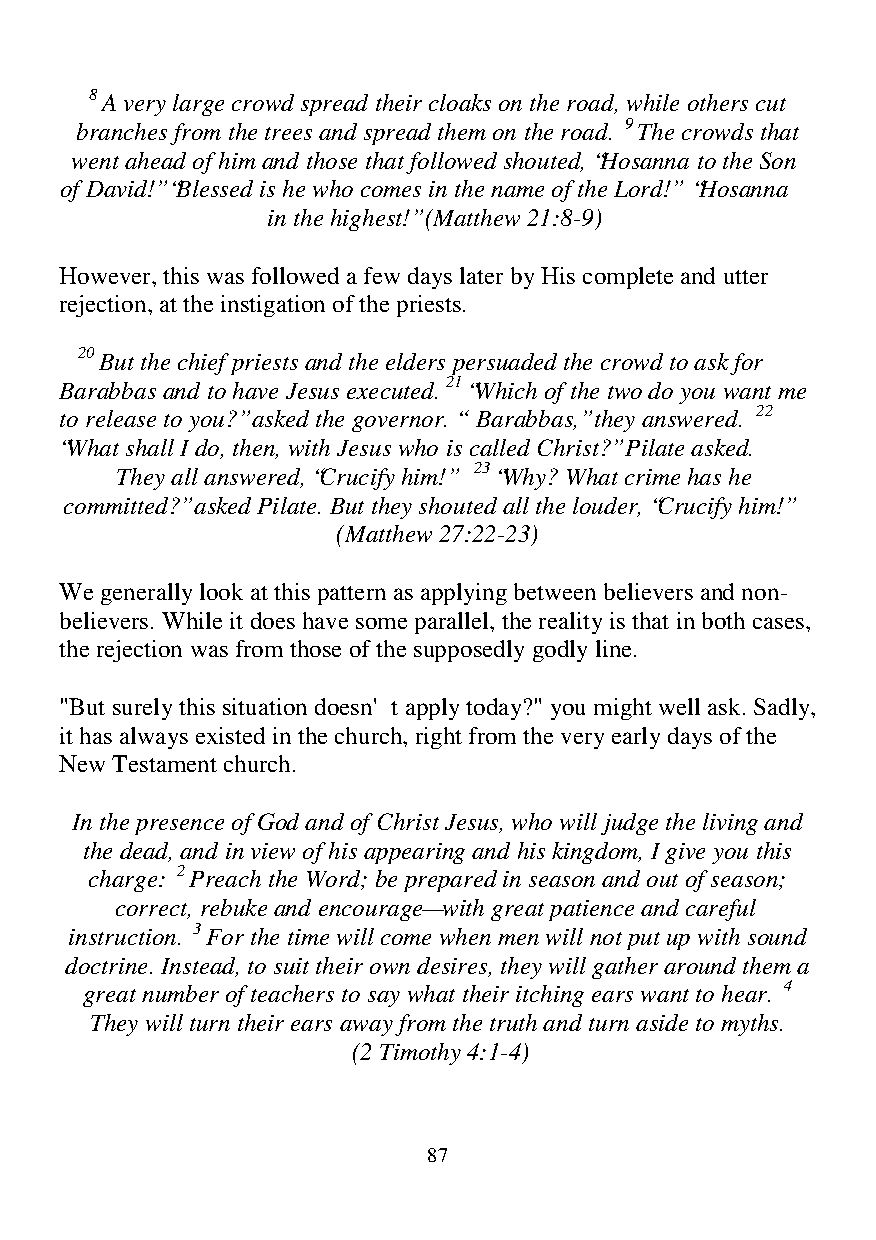
8 A very large crowd spread their cloaks on the road, while others cut
 branches from the trees and spread them on the road. 9 The crowds that
 went ahead of him and those that followed shouted, “Hosanna to the Son
 of David!” “Blessed is he who comes in the name of the Lord!” “Hosanna
 in the highest!” (Matthew 21:8-9)
 However, this was followed a few days later by His complete and utter
 rejection, at the instigation of the priests.
 20 But the chief priests and the elders persuaded the crowd to ask for
 Barabbas and to have Jesus executed. 21 “Which of the two do you want me
 to release to you?” asked the governor. “ Barabbas,” they answered. 22
 “What shall I do, then, with Jesus who is called Christ?” Pilate asked.
 They all answered, “Crucify him!” 23 “Why? What crime has he
 committed?” asked Pilate. But they shouted all the louder, “Crucify him!”
 (Matthew 27:22-23)
 We generally look at this pattern as applying between believers and non-
 believers. While it does have some parallel, the reality is that in both cases,
 the rejection was from those of the supposedly godly line.
 "But surely this situation doesn't apply today?" you might well ask. Sadly,
 it has always existed in the church, right from the very early days of the
 New Testament church.
 In the presence of God and of Christ Jesus, who will judge the living and
 the dead, and in view of his appearing and his kingdom, I give you this
 charge: 2 Preach the Word; be prepared in season and out of season;
 correct, rebuke and encourage—with great patience and careful
 instruction. 3 For the time will come when men will not put up with sound
 doctrine. Instead, to suit their own desires, they will gather around them a
 great number of teachers to say what their itching ears want to hear. 4
 They will turn their ears away from the truth and turn aside to myths.
 (2 Timothy 4:1-4)
 87